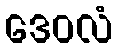
ဒေဝလံ